Scientific memoirs by medical officers of the Army of India - Part III,
Year: 1887
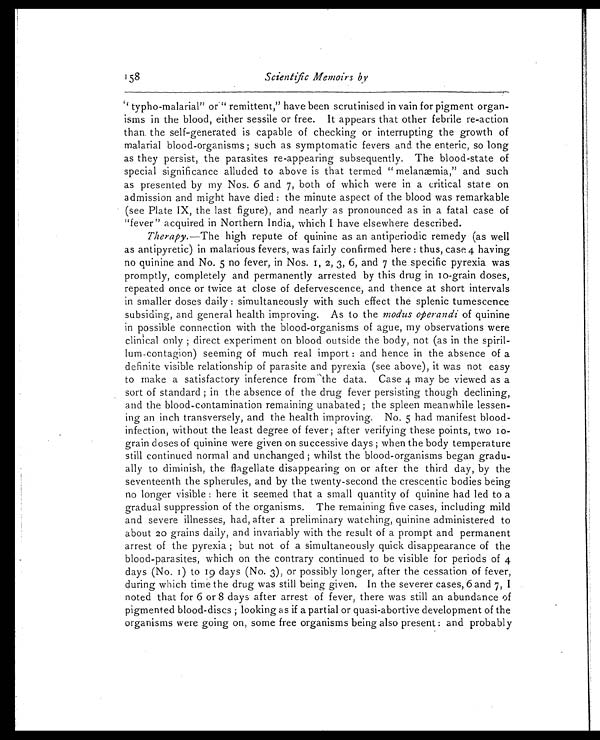
158
Scientific Memoirs by
“typho-malarial” or “remittent,” have been scrutinised in vain for pigment organ-
isms in the blood, either sessile or free. It appears that other febrile re-action
than the self-generated is capable of checking or interrupting the growth of
malarial blood-organisms ; such as symptomatic fevers and the enteric, so long
as they persist, the parasites re-appearing subsequently. The blood-state of
special significance alluded to above is that termed "melanæmia," and such
as presented by my Nos. 6 and 7, both of which were in a critical state on
admission and might have died : the minute aspect of the blood was remarkable
(see Plate IX, the last figure), and nearly as pronounced as in a fatal case of
"fever" acquired in Northern India, which I have elsewhere described.
Therapy. —The high repute of quinine as an antiperiodic remedy (as well
as antipyretic) in malarious fevers, was fairly confirmed here : thus, case 4 having
no quinine and No. 5 no fever, in Nos. 1, 2 , 3, 6, and 7 the specific pyrexia was
promptly, completely and permanently arrested by this drug in 10-grain doses,
repeated once or twice at close of defervescence, and thence at short intervals
in smaller doses daily : simultaneously with such effect the splenic tumescence
subsiding, and general health improving. As to the modus operandi of quinine
in possible connection with the blood-organisms of ague, my observations were
clinical only ; direct experiment on blood outside the body, not (as in the
spiril-lum-contagion) seeming of much real import : and hence in the absence of a
definite visible relationship of parasite and pyrexia (see above), it was not easy
to make a satisfactory inference from 'the data. Case 4 may be viewed as a
sort of standard ; in the absence of the drug fever persisting though declining,
and the blood-contamination remaining unabated ; the spleen meanwhile lessen-
ing an inch transversely, and the health improving. No. 5 had manifest blood-
infection, without the least degree of fever ; after verifying these points, two in-
grain doses of quinine were given on successive days ; when the body temperature
still continued normal and unchanged ; whilst the blood-organisms began gradu-
ally to diminish, the flagellate disappearing on or after the third day, by the
seventeenth the spherules, and by the twenty-second the crescentic bodies being
no longer visible : here it seemed that a small quantity of quinine had led to a
gradual suppression of the organisms. The remaining five cases, including mild
and severe illnesses, had, after a preliminary watching, quinine administered to
about 20 grains daily, and invariably with the result of a prompt and permanent
arrest of the pyrexia ; but not of a simultaneously quick disappearance of the
blood-parasites, which on the contrary continued to be visible for periods of 4
days (No. 1) to 19 days (No. 3), or possibly longer, after the cessation of fever,
during which time the drug was still being given. In the severer cases, 6 and 7, I
noted that for 6 or 8 days after arrest of fever, there was still an abundance of
pigmented blood-discs ; looking as if a partial or quasi-abortive development of the
organisms were going on, some free organisms being also present : and probably